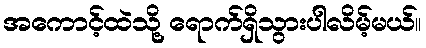
အကောင့်ထဲသို့ ရောက်ရှိသွားပါလိမ့်မယ်။